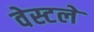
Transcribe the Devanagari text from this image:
वेस्टले